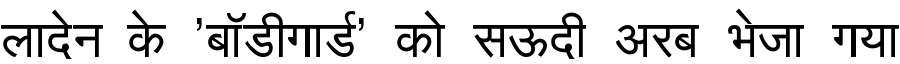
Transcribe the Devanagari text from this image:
लादेन के 'बॉडीगार्ड' को सऊदी अरब भेजा गया